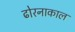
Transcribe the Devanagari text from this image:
ढोरनाकाल